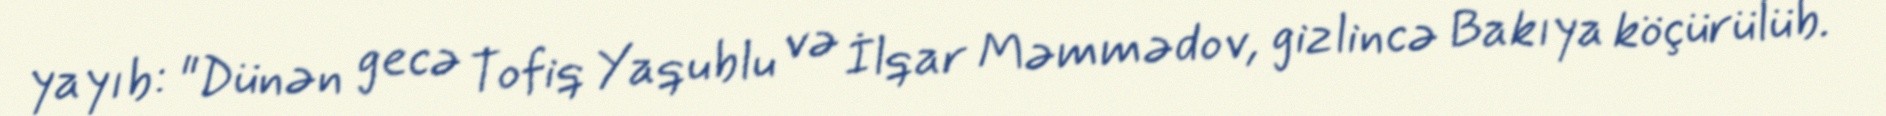
yayıb: "Dünən gecə Tofiq Yaqublu və İlqar Məmmədov, gizlincə Bakıya köçürülüb.